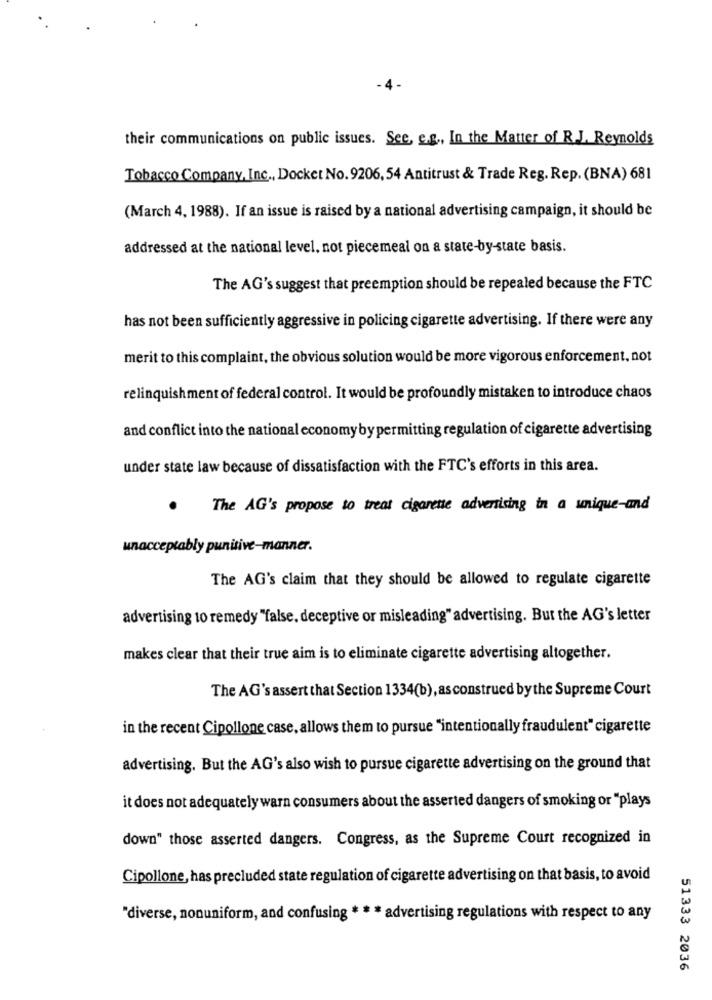
their communications on public issues. See, e.g ., In the Matter of R.J. Reynolds
Tobacco Company, Inc ., Docket No. 9206, 54 Antitrust & Trade Reg. Rep. (BNA) 681
(March 4, 1988). If an issue is raised by a national advertising campaign, it should be
addressed at the national level, not piecemeal on a state-by-state basis.
The AG's suggest that preemption should be repealed because the FTC
has not been sufficiently aggressive in policing cigarette advertising. If there were any
merit to this complaint, the obvious solution would be more vigorous enforcement, not
relinquishment of federal control. It would be profoundly mistaken to introduce chaos
and conflict into the national economyby permitting regulation of cigarette advertising
under state law because of dissatisfaction with the FTC's efforts in this area.
.
The AG's propose to treat cigarette advertising in a unique-and
unacceptably punitive-manner.
The AG's claim that they should be allowed to regulate cigarette
advertising 10 remedy "false, deceptive or misleading" advertising. But the AG's letter
makes clear that their true aim is to eliminate cigarette advertising altogether.
The AG's assert that Section 1334(b), as construed by the Supreme Court
in the recent Cipollone case, allows them to pursue "intentionally fraudulent" cigarette
advertising. But the AG's also wish to pursue cigarette advertising on the ground that
it does not adequately warn consumers about the asserted dangers of smoking or "plays
down" those asserted dangers. Congress, as the Supreme Court recognized in
Cipollone, has precluded state regulation of cigarette advertising on that basis, to avoid
"diverse, nonuniform, and confusing * * * advertising regulations with respect to any
51333 2036